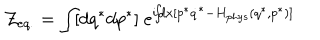
{ \cal Z } _ { e q . } = \int \! [ d q ^ { * } d p ^ { * } ] ~ e ^ { i \! \! \int \! \! d x [ p ^ { * } \dot { q } ^ { * } - H _ { p h y s } ( q ^ { * } , p ^ { * } ) ] }